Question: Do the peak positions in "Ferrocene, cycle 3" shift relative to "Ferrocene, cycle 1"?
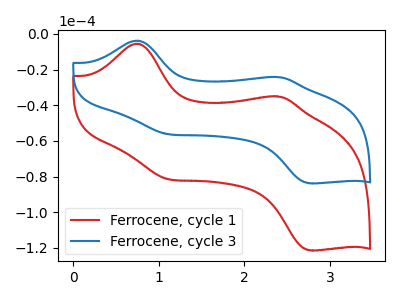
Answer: <think>The red curve "Ferrocene, cycle 1" has anodic peaks at (0.75V, -5.50uA) (2.40V, -35.15uA) and cathodic peaks at (1.10V, -81.45uA) (2.75V, -121.40uA). The blue curve "Ferrocene, cycle 3" has anodic peaks at (0.75V, -3.80uA) (2.40V, -24.25uA) and cathodic peaks at (1.10V, -56.20uA) (2.75V, -83.75uA).
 All the peaks in "Ferrocene, cycle 3" have a peak in "Ferrocene, cycle 1" at the same potential.</think>
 <answer>No, "Ferrocene, cycle 3" and "Ferrocene, cycle 1" don't appear to be significantly different in shape</answer>
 <eval>no_change</eval>